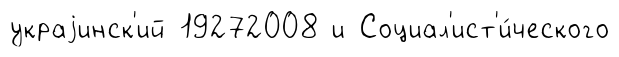
украjинск'ий 19272008 и Социал'ист'и́ческого